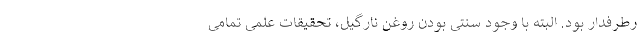
رطرفدار بود. البته با وجود سنتی بودن روغن نارگیل، تحقیقات علمی تمامی